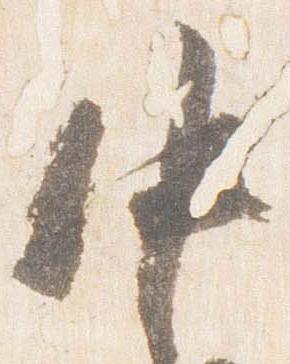
中